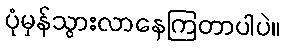
ပုံမှန်သွားလာနေကြတာပါပဲ။